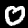
Digit: 0